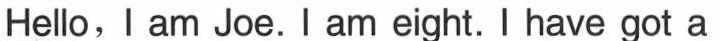
Hello,I am Joe.I am eight. I have got a